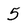
Character: 5